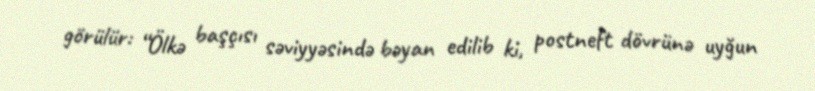
görülür: “Ölkə başçısı səviyyəsində bəyan edilib ki, postneft dövrünə uyğun